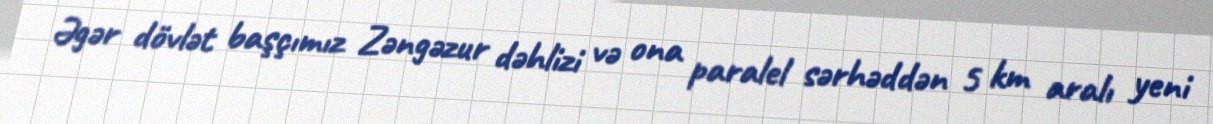
Əgər dövlət başçımız Zəngəzur dəhlizi və ona paralel sərhəddən 5 km aralı yeni